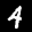
Label: 4